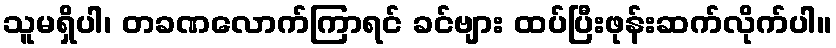
သူမရှိပါ၊ တခဏလောက်ကြာရင် ခင်ဗျား ထပ်ပြီးဖုန်းဆက်လိုက်ပါ။